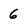
Character: 6